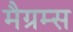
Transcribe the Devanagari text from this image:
मैग्रम्स